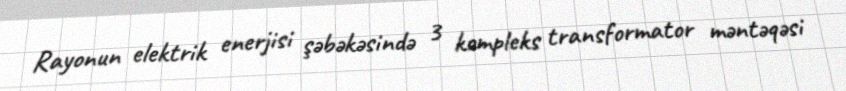
Rayonun elektrik enerjisi şəbəkəsində 3 kompleks transformator məntəqəsi